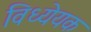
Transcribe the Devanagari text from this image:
विध्येयक